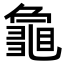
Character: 𮯞